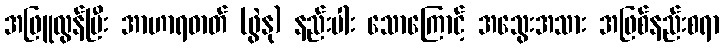
အဖြူလွန်ပြီး အာဟာရဓာတ် (ဖွဲနု) နည်းပါး သောကြောင့် အသွေးအသား အဖြစ်နည်းစရာ